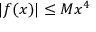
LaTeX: | f ( x ) | \leq M x ^ { 4 }